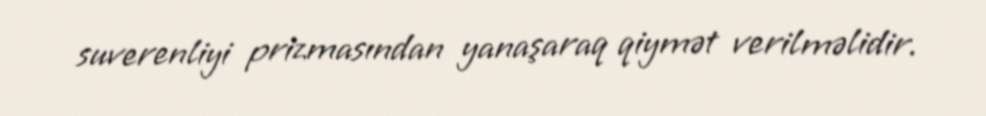
suverenliyi prizmasından yanaşaraq qiymət verilməlidir.